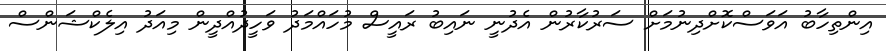
އިންތިހާބު އަވަސްކޮށްދިނުމަށް ސަރުކާރުން އެދުނީ ނައިބު ރައީސް މުހައްމަދު ވަހީދުއްދީން މިއަދު އިލެކްޝަންސް